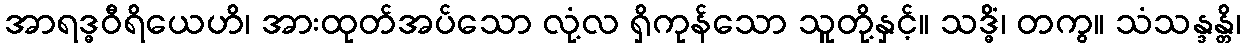
အာရဒ္ဓဝီရိယေဟိ၊ အားထုတ်အပ်သော လုံ့လ ရှိကုန်သော သူတို့နှင့်။ သဒ္ဓိံ၊ တကွ။ သံသန္ဒန္တိ၊